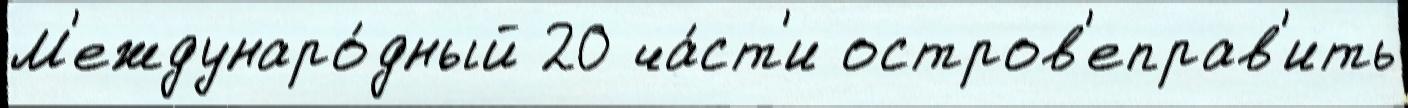
М'еждунаро́дный 20 ча́ст'и остров'еправ'ить